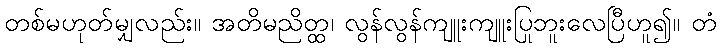
တစ်မဟုတ်မျှလည်း။ အတိမညိတ္ထ၊ လွန်လွန်ကျူးကျူးပြုဘူးလေပြီဟူ၍။ တံ